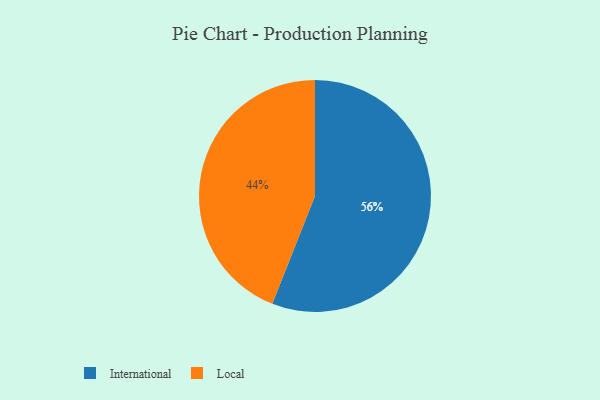
{"axis": {"x": "Category", "y": "Percentage"}, "legend": ["International", "Local"], "data": [{"x": "International", "y": 56, "type": "International"}, {"x": "Local", "y": 44, "type": "Local"}]}